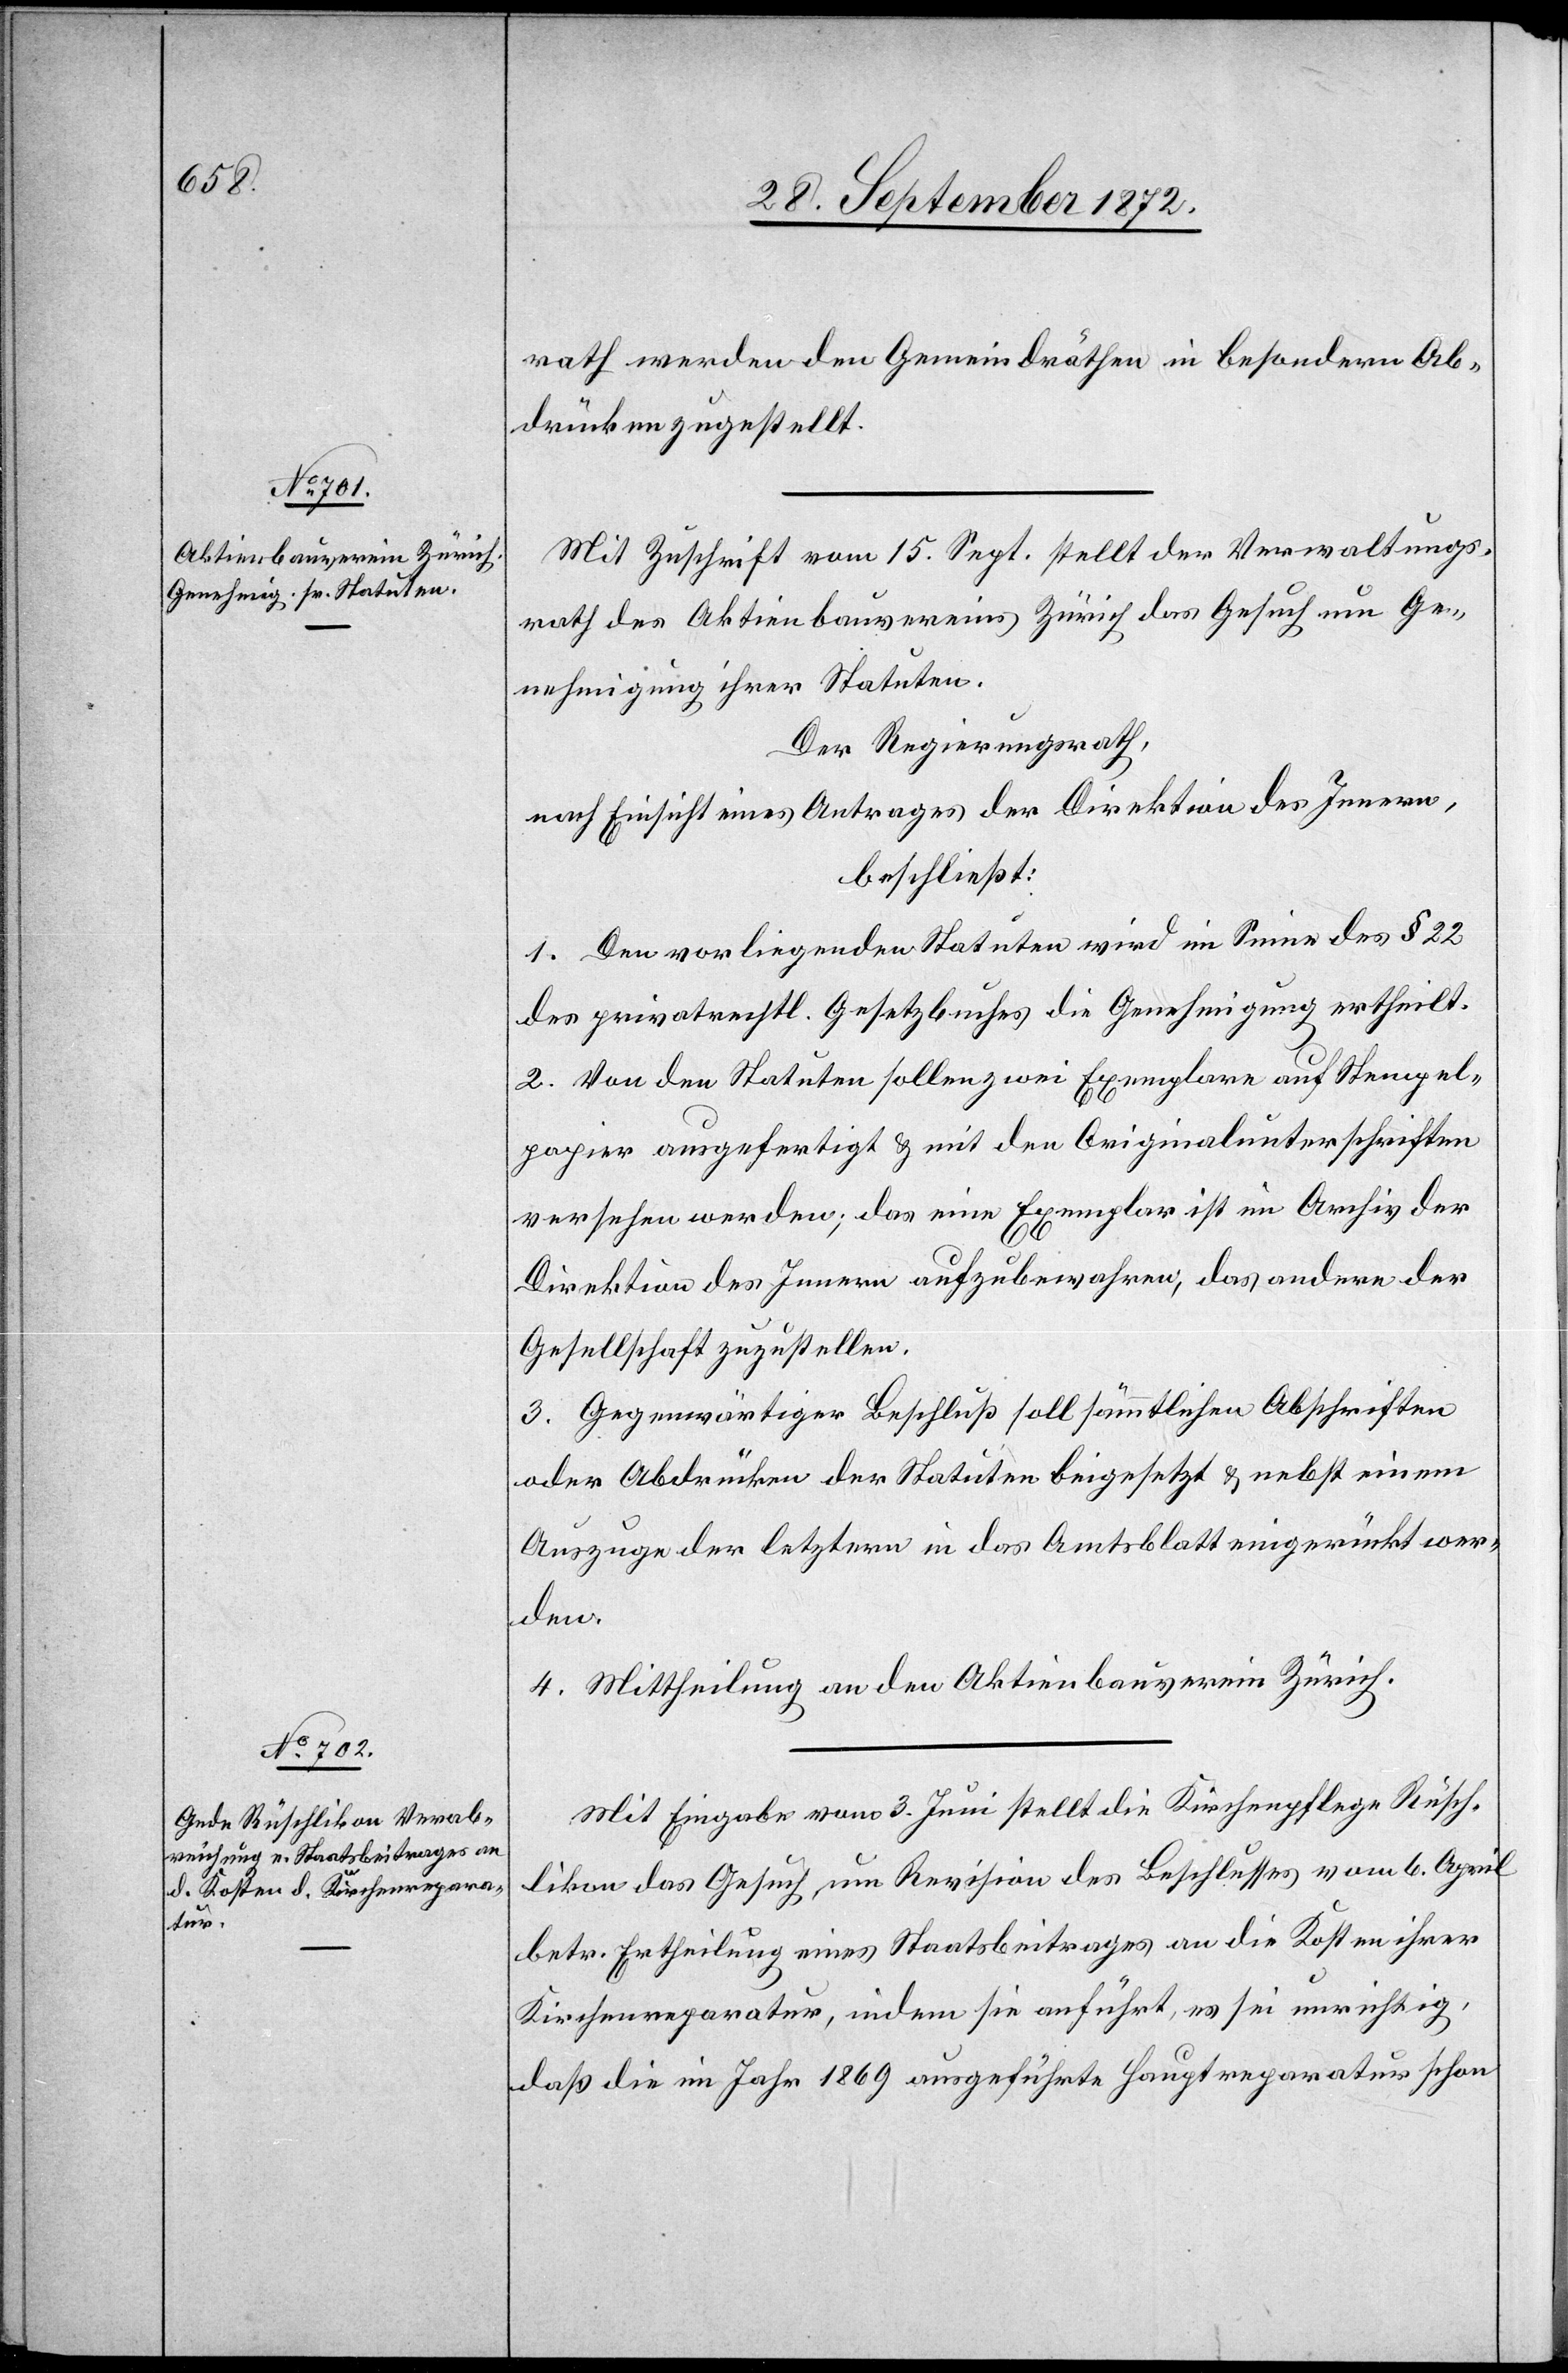
rath werden den Gemeindräthen in besondern Ab¬
drücken zugestellt.
Mit Zuschrift vom 15. Sept. stellt der Verwaltungs¬
rath des Aktienbauvereins Zürich das Gesuch um Ge¬
nehmigung ihrer Statuten.
Der Regierungsrath,
nach Einsicht eines Antrages der Direktion des Innern,
beschließt:
1. Den vorliegenden Statuten wird im Sinne des § 22
des privatrechtl. Gesetzbuches die Genehmigung ertheilt.
2. Von den Statuten sollen zwei Exemplare auf Stempel¬
papier ausgefertigt u. mit den Originalunterschriften
versehen werden; das eine Exemplar ist im Archiv der
Direktion des Innern aufzubewahren, das andere der
Gesellschaft zuzustellen.
3. Gegenwärtiger Beschluß soll sämmtlichen Abschriften
oder Abdrücken der Statuten beigesetzt u. nebst einem
Auszuge der letztern in das Amtsblatt eingerückt wer¬
den.
4. Mittheilung an den Aktienbauverein Zürich.
Mit Eingabe vom 3. Juni stellt die Kirchenpflege Rüsch¬
likon das Gesuch um Revision des Beschlusses vom 6. April
betr. Ertheilung eines Staatsbeitrages an die Kosten ihrer
Kirchenreparatur, indem sie anführt, es sei unrichtig,
daß die im Jahr 1869 ausgeführte Hauptreparatur schon